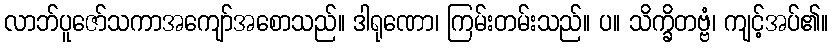
လာဘ်ပူဇော်သကာအကျော်အစောသည်။ ဒါရုဏော၊ ကြမ်းတမ်းသည်။ ပ။ သိက္ခိတဗ္ဗံ၊ ကျင့်အပ်၏။